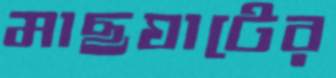
মাছঘাটের